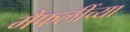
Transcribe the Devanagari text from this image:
मैफलींच्या